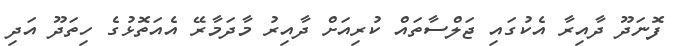
ފޮނަދޫ ދާއިރާ އެކުގައި ޖަލްސާތައް ކުރިއަށް ދާއިރު މާދަމާރޭ އެއަތޮޅުގެ ހިތަދޫ އަދި